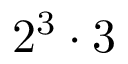
2 ^ { 3 } \cdot 3